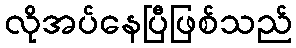
လိုအပ်နေပြီဖြစ်သည်